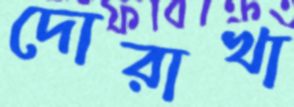
দোরাখা